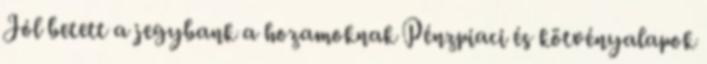
Jól betett a jegybank a hozamoknak Pénzpiaci és kötvényalapok